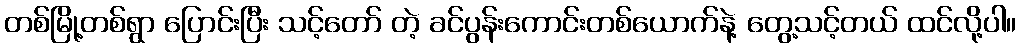
တစ်မြို့တစ်ရွာ ပြောင်းပြီး သင့်တော် တဲ့ ခင်ပွန်းကောင်းတစ်ယောက်နဲ့ တွေ့သင့်တယ် ထင်လို့ပါ။